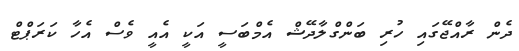
ދެން ރާއްޖޭގައި ހުރި ބަންގްލާދޭޝް އެމްބަސީ އަކީ އެއީ ވެސް އެހާ ކަރަޕްޓް